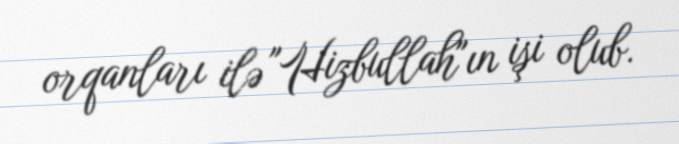
orqanları ilə "Hizbullah"ın işi olub.